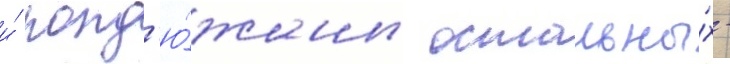
и́ полд'ю́жины остальны́х -